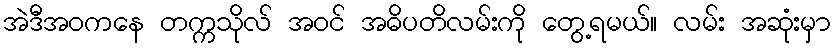
အဲဒီအဝကနေ တက္ကသိုလ် အဝင် အဓိပတိလမ်းကို တွေ့ရမယ်။ လမ်း အဆုံးမှာ